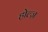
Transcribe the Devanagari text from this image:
होल्ज़